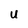
Character: U